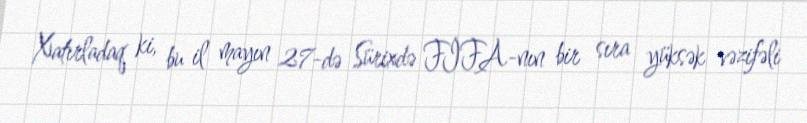
Xatırladaq ki, bu il mayın 27-də Sürixdə FİFA-nın bir sıra yüksək vəzifəli